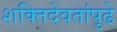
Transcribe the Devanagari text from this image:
शक्तिदेवतांपुढे